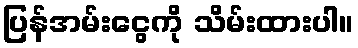
ပြန်အမ်းငွေကို သိမ်းထားပါ။